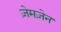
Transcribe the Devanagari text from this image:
ज़ेमज़ेन